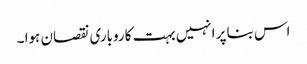
اس بنا پر انہیں بہت کاروباری نقصان ہوا ۔